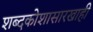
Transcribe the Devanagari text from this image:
शब्दकोशासारखाही